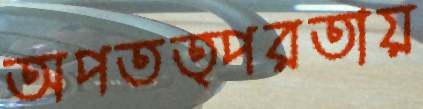
অপতত্পরতায়